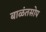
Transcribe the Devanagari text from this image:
बाळंतसोप